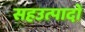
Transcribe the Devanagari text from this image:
सहउत्पादों